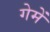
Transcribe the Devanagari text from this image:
गेमें